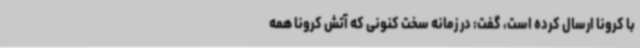
با کرونا ارسال کرده است، گفت: در زمانه سخت کنونی که آتش کرونا همه